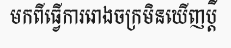
មកពីធ្វើការរោងចក្រមិនឃើញប្តី